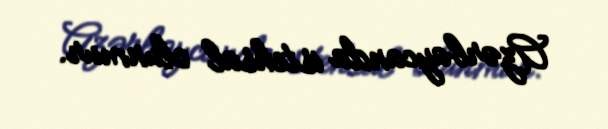
Azərbaycanda istehsal olunmur.